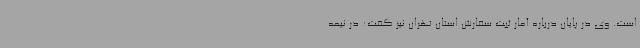
است. وی در پایان درباره آمار ثبت سفارش استان تهران نیز گفت: در نیمه